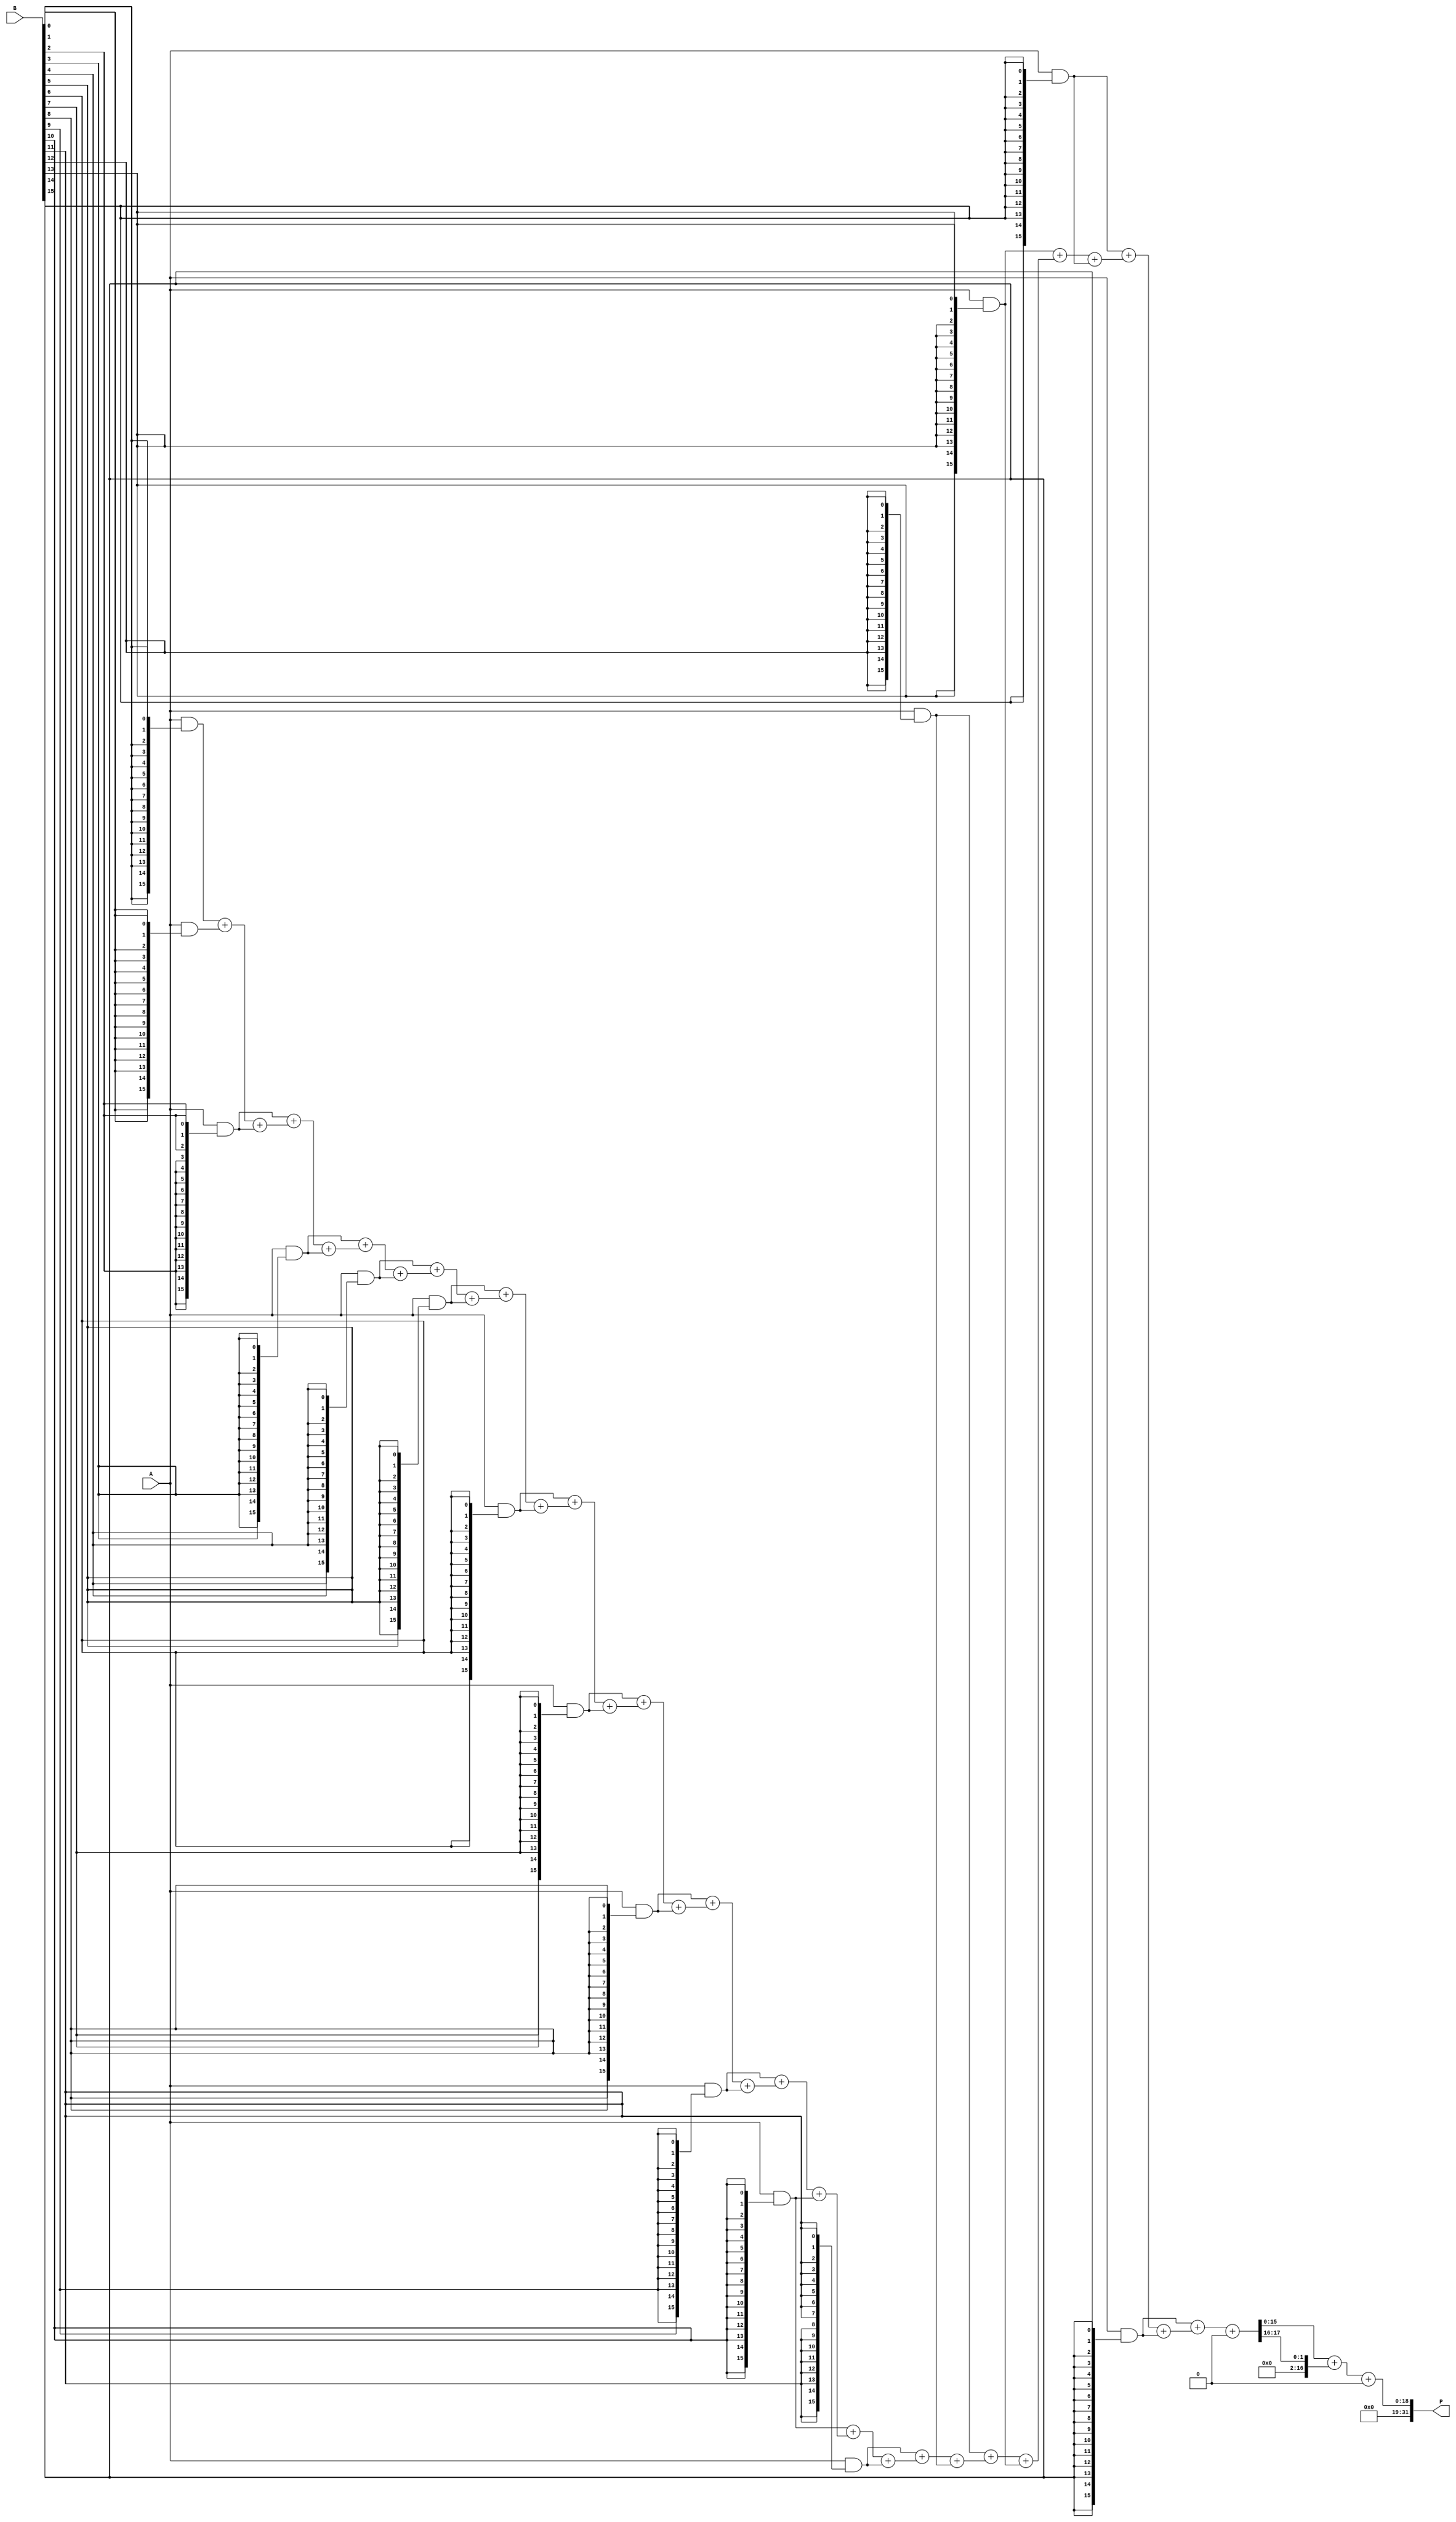
module WallaceTreeMultiplier #(parameter WIDTH = 16) (
    input [WIDTH-1:0] A,
    input [WIDTH-1:0] B,
    output reg [2*WIDTH-1:0] P
);
    
    // Generate Partial Products
    wire [WIDTH-1:0] pp [WIDTH-1:0]; // Partial products
    genvar i;
    generate
        for (i = 0; i < WIDTH; i = i + 1) begin : pp_gen
            assign pp[i] = A & {WIDTH{B[i]}};
        end
    endgenerate

    // Wallace Tree Reduction
    wire [WIDTH-1:0] sum [WIDTH:0]; // Intermediate sums
    wire [WIDTH:0] carry [WIDTH:0]; // Intermediate carries

    // Initial stage: Collect all partial products
    assign sum[0] = pp[0];

    generate
        for (i = 1; i < WIDTH; i = i + 1) begin : tree_reduction
            if (i < WIDTH) begin
                // Full adder for three inputs
                assign {carry[i], sum[i]} = pp[i] + sum[i-1] + (i < WIDTH-1 ? pp[i+1] : 0);
            end
        end
    endgenerate

    // Final stage: Add remaining sums
    wire [2*WIDTH-1:0] final_sum;
    wire [2*WIDTH-1:0] final_carry;

    assign {final_carry, final_sum} = sum[WIDTH-1] + carry[WIDTH-1];

    // Output the final product
    always @(*) begin
        P = final_sum + final_carry;
    end

endmodule